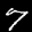
Label: 7